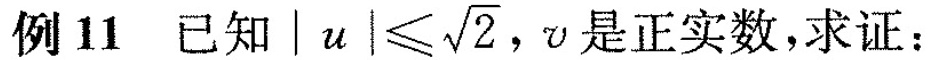
例11 已知$$|u| \leqslant \sqrt{2}$$,v是正实数，求证：